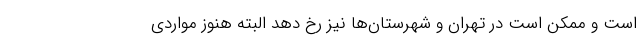
است و ممکن است در تهران و شهرستان‌ها نیز رخ دهد البته هنوز مواردی